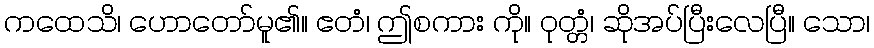
ကထေသိ၊ ဟောတော်မူ၏။ ဧတံ၊ ဤစကား ကို။ ဝုတ္တံ၊ ဆိုအပ်ပြီးလေပြီ။ သော၊